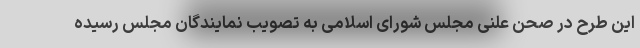
این طرح در صحن علنی مجلس شورای اسلامی به تصویب نمایندگان مجلس رسیده